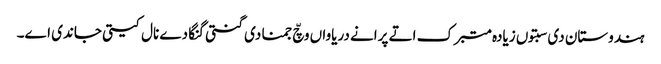
ہندوستان دی سبتوں زیادہ متبرک اتے پرانے دریاواں وچّ جمنا دی گنتی گنگا دے نال کیتی جاندی اے۔